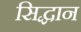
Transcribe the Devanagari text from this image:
सिद्धान